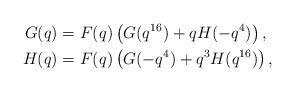
LaTeX: \begin{align*}G(q)&=F(q)\left(G(q^{16})+qH(-q^4)\right), \\H(q)&=F(q)\left(G(-q^4)+q^3H(q^{16})\right),\end{align*}